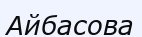
Айбасова